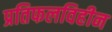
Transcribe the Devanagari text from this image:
प्रतिफलविहीन